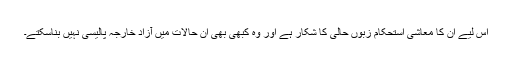
اس لیے ان کا معاشی استحکام زبوں حالی کا شکار ہے اور وہ کبھی بھی ان حالات میں آزاد خارجہ پالیسی نہیں بناسکتے۔